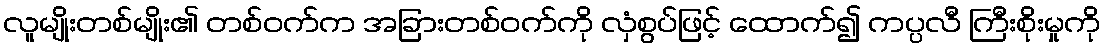
လူမျိုးတစ်မျိုး၏ တစ်ဝက်က အခြားတစ်ဝက်ကို လှံစွပ်ဖြင့် ထောက်၍ ကပ္ပလီ ကြီးစိုးမှုကို